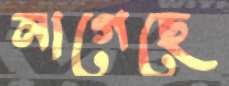
নাগেছে